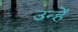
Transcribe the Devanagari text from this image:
उन्हेंं